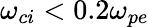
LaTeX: \omega_{ci}<0.2\omega_{pe}